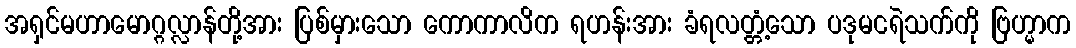
အရှင်မဟာမောဂ္ဂလ္လာန်တို့အား ပြစ်မှားသော ကောကာလိက ရဟန်းအား ခံရလတ္တံ့သော ပဒုမငရဲသက်ကို ဗြဟ္မာက